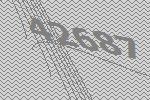
42687